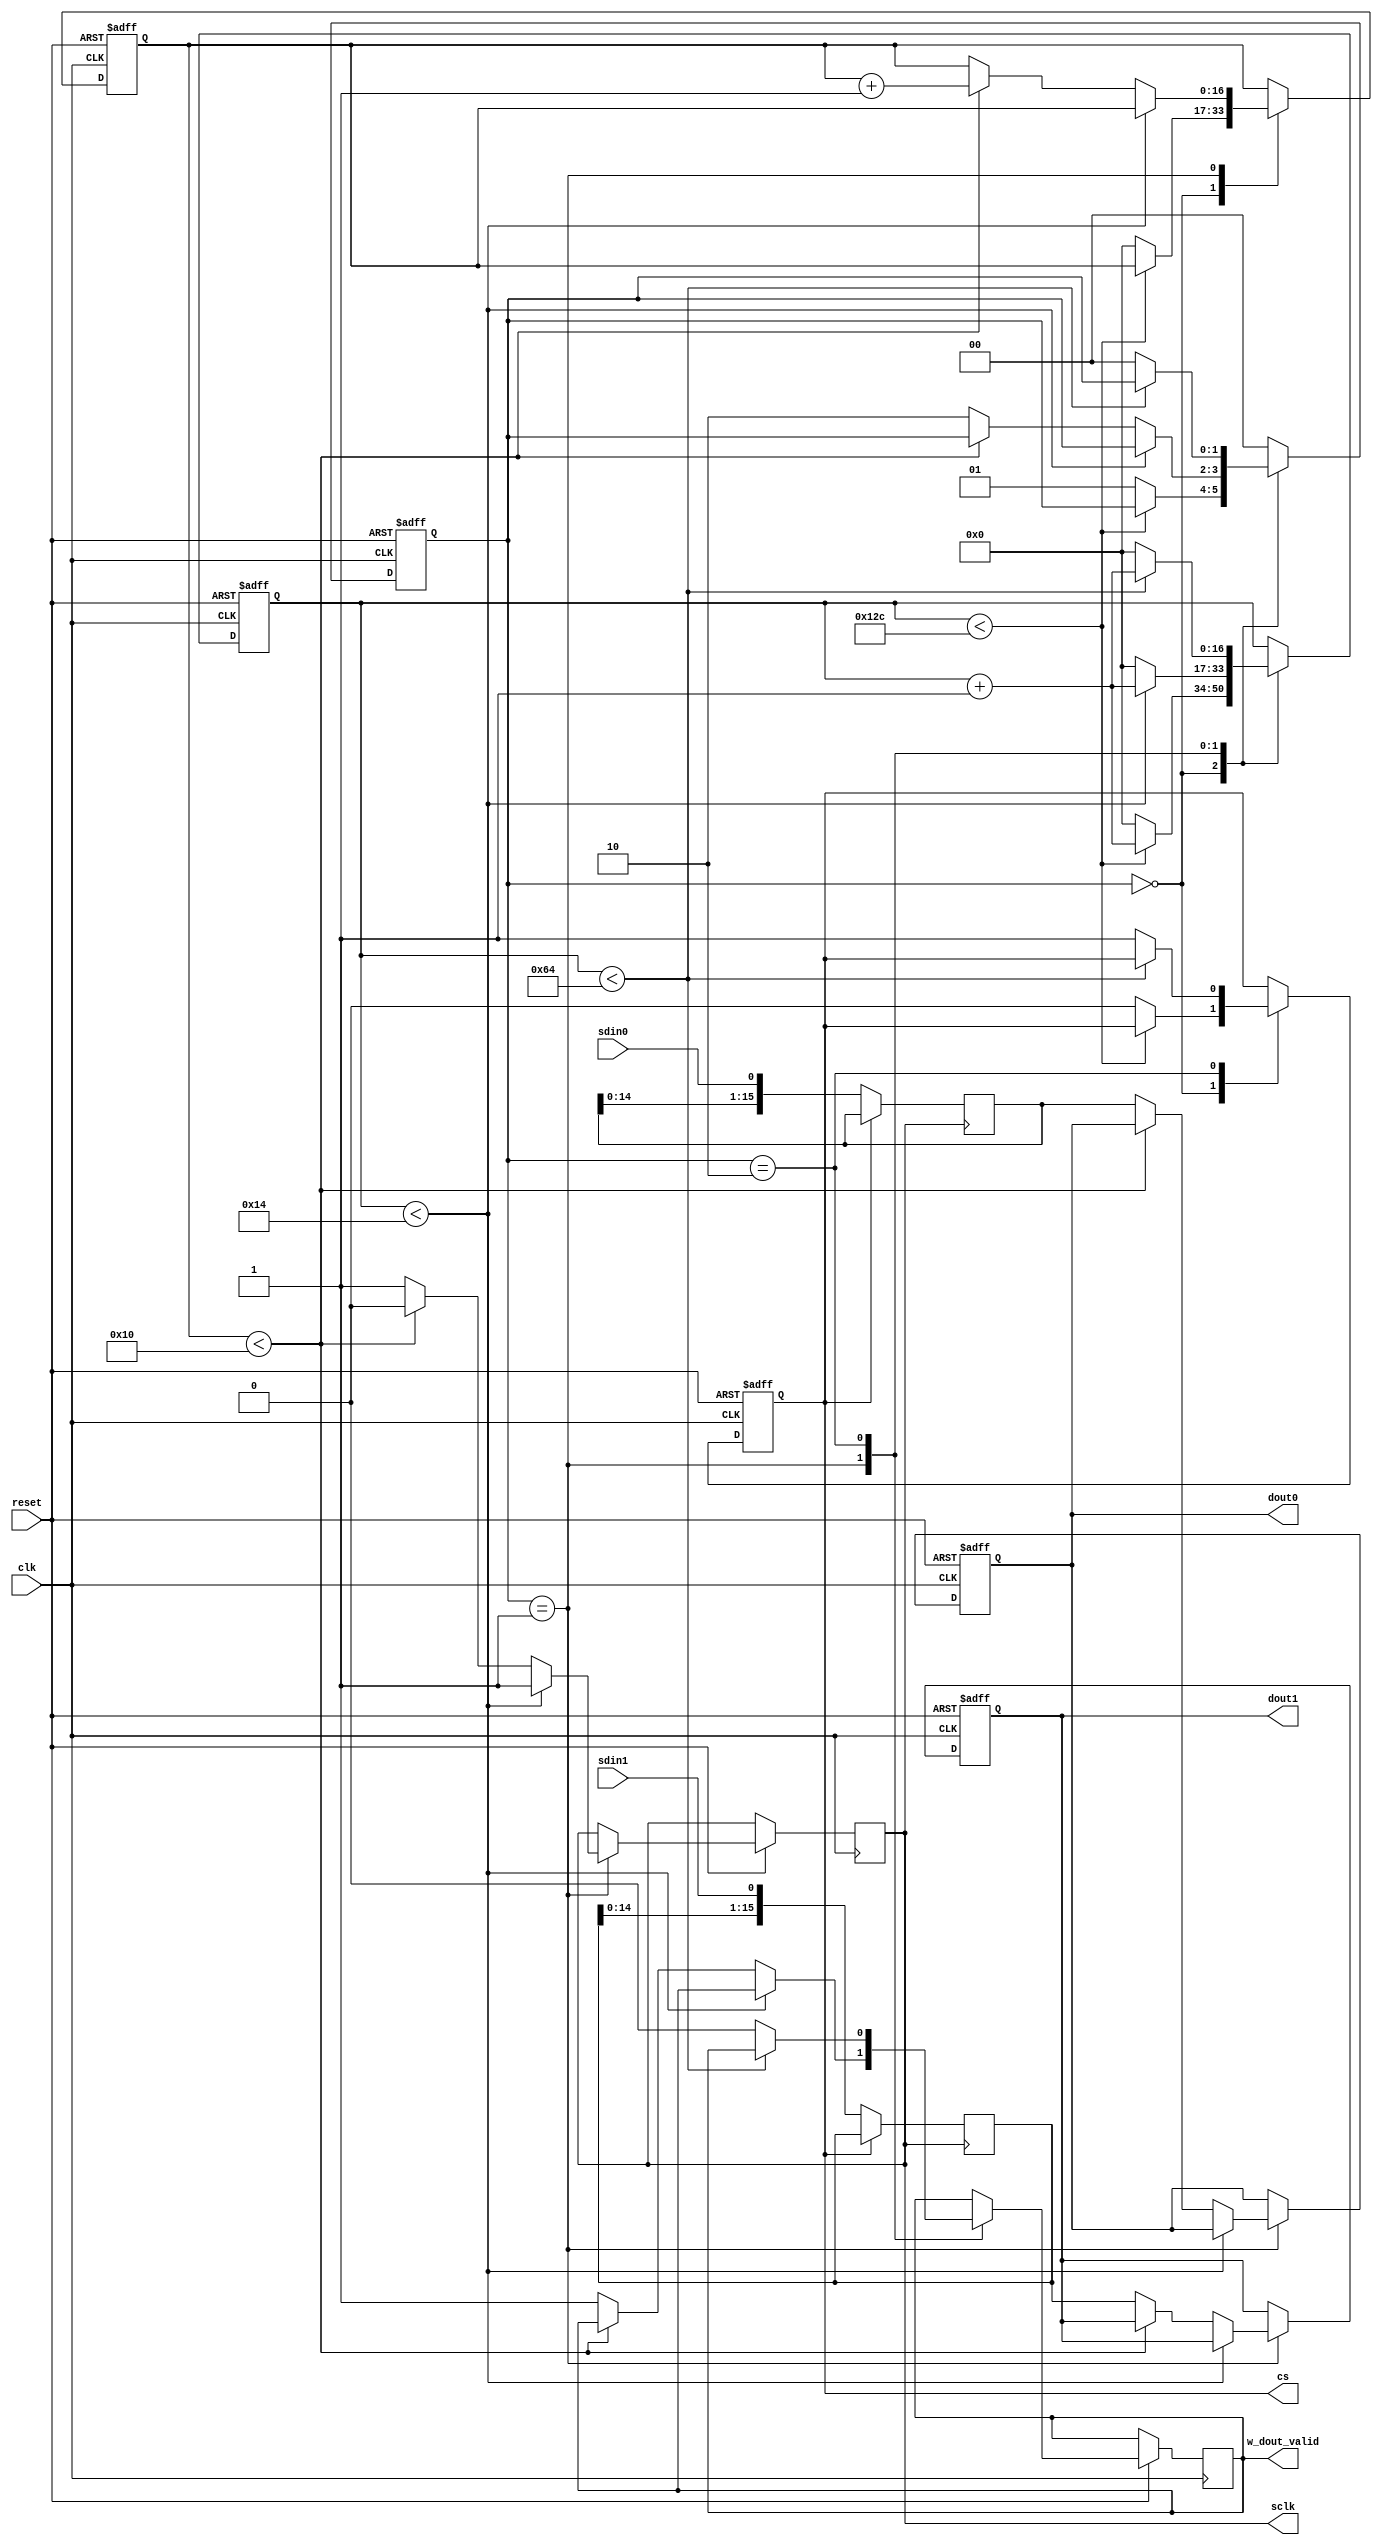
`timescale 1ns / 1ps
//////////////////////////////////////////////////////////////////////////////////
// Company: DigilentInc
// 
// Module Name: ad1_spi
// Project Name: PmodAD1 IP
// Description: SPI Controller, continuously polls the AD1 SPI.
// 
// Revision:
// Revision 0.01 - File Created
// Additional Comments:
// 
//////////////////////////////////////////////////////////////////////////////////


module mySPI (
    clk,
    reset,
    sdin0,
    sdin1,
    cs,
    sclk,
    dout0,
    dout1,
    w_dout_valid
);

    input clk;
    input reset;
    input sdin0;
    input sdin1;
    output cs;
    output sclk;
    output reg [15:0] dout0 = 0;
    output reg [15:0] dout1 = 0;
    
    output w_dout_valid;
    
    localparam state0 = 0; // Reset & Time Delay
    localparam state1 = 1; // Filling Data[15:0]
    localparam state2 = 2; // Data Transfer
    
    reg [1:0] state;
    reg [16:0] cnt0;
    reg [16:0] cnt1;
    reg r_cs;
    reg r_sclk;
    reg [15:0] r_dout0;
    reg [15:0] r_dout1;
    reg dout_valid;
    
    assign cs = r_cs;
    assign sclk = r_sclk;
    assign w_dout_valid = dout_valid;
   
    always@(posedge r_sclk) begin
        if (!r_cs) begin
        r_dout0 <= {r_dout0[14:0] , sdin0}; // Filling Data
        r_dout1 <= {r_dout1[14:0] , sdin1}; // Filling Data
        end
        else begin
        r_dout0 <= r_dout0;
        r_dout1 <= r_dout1;
        end
    end
    
    always@(posedge clk or negedge reset) begin
        if (!reset) begin
            state <= 0;
            dout0 <= 0;
            dout1 <= 0;
            cnt0  <= 0;
            cnt1  <= 0;
            r_cs  <= 1;
        end
        
        else begin
            case (state)
                state0 : if (cnt0 < 300) begin
                            cnt0 <= cnt0 + 1;
                         end
                         
                         else begin // cnt0 == 300, GO state1
                            cnt0  <= 0;
                            cnt1  <= 0;
                            r_cs  <= 0; // cs
                            state <= state1;
                            
                         end
                         
                state1 : if (cnt0 < 20) begin // for Time Delay
                            cnt0 <= cnt0 + 1;
                            r_sclk <= 1;
                         end
                         
                         else begin // cnt0 == 20
                            cnt0 <= 0;
                            if (cnt1 < 16) begin
                                cnt1 <= cnt1 + 1;
                                r_sclk <= 0;
                                
                            end
                            else begin // cnt1 == 16, Go State2
                                dout0 <= r_dout0;
                                dout1 <= r_dout1;
                                r_sclk <= 1;
                                cnt0 <= 0;
                                dout_valid <= 1;
                                state <= state2;
                            end
                         end
                         
                state2 : if (cnt0 < 100) begin 
                            cnt0 <= cnt0 + 1;
                         end
                         
                         else begin // Go state0
                            cnt0 <= 0;
                            r_cs <= 1;
                            dout_valid <= 0;
                            state <= state0;
                         end
                
                default : state <= state0;
            endcase
        end
    end
        
endmodule